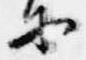
等